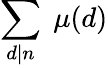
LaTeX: \sum_{d|n}\; \mu(d)